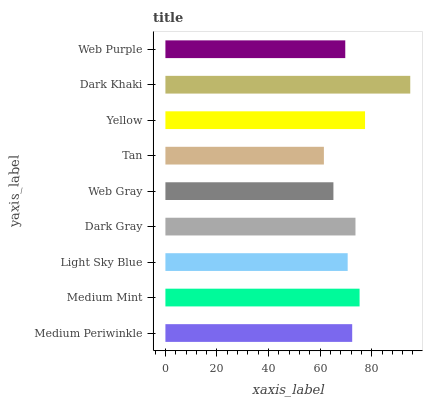
| yaxis_label | bars |
 | --- | --- |
 | Medium Periwinkle | 72.4 |
 | Medium Mint | 75.3 |
 | Light Sky Blue | 70.7 |
 | Dark Gray | 73.7 |
 | Web Gray | 65.1 |
 | Tan | 61.5 |
 | Yellow | 77.4 |
 | Dark Khaki | 94.9 |
 | Web Purple | 69.7 |